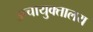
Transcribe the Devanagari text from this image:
उच्चायुक्तालय